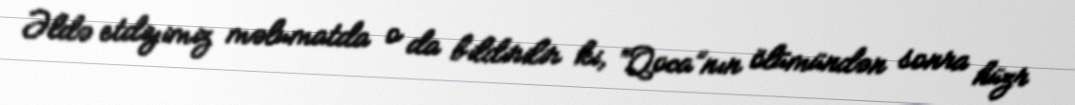
Əldə etdiyimiz məlumatda o da bildirilir ki, “Qoca”nın ölümündən sonra hüzr